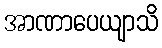
အာဏာပေယျာသိ